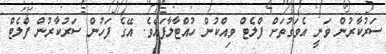
ސަރުކާރުން ވަނީ އެވަގުތަށް ފްލެޓް ވިއްކުން ހުއްޓާލާފައެވެ. އޭގެ ފަހުން ސަރުކާރުން ފްލެޓް